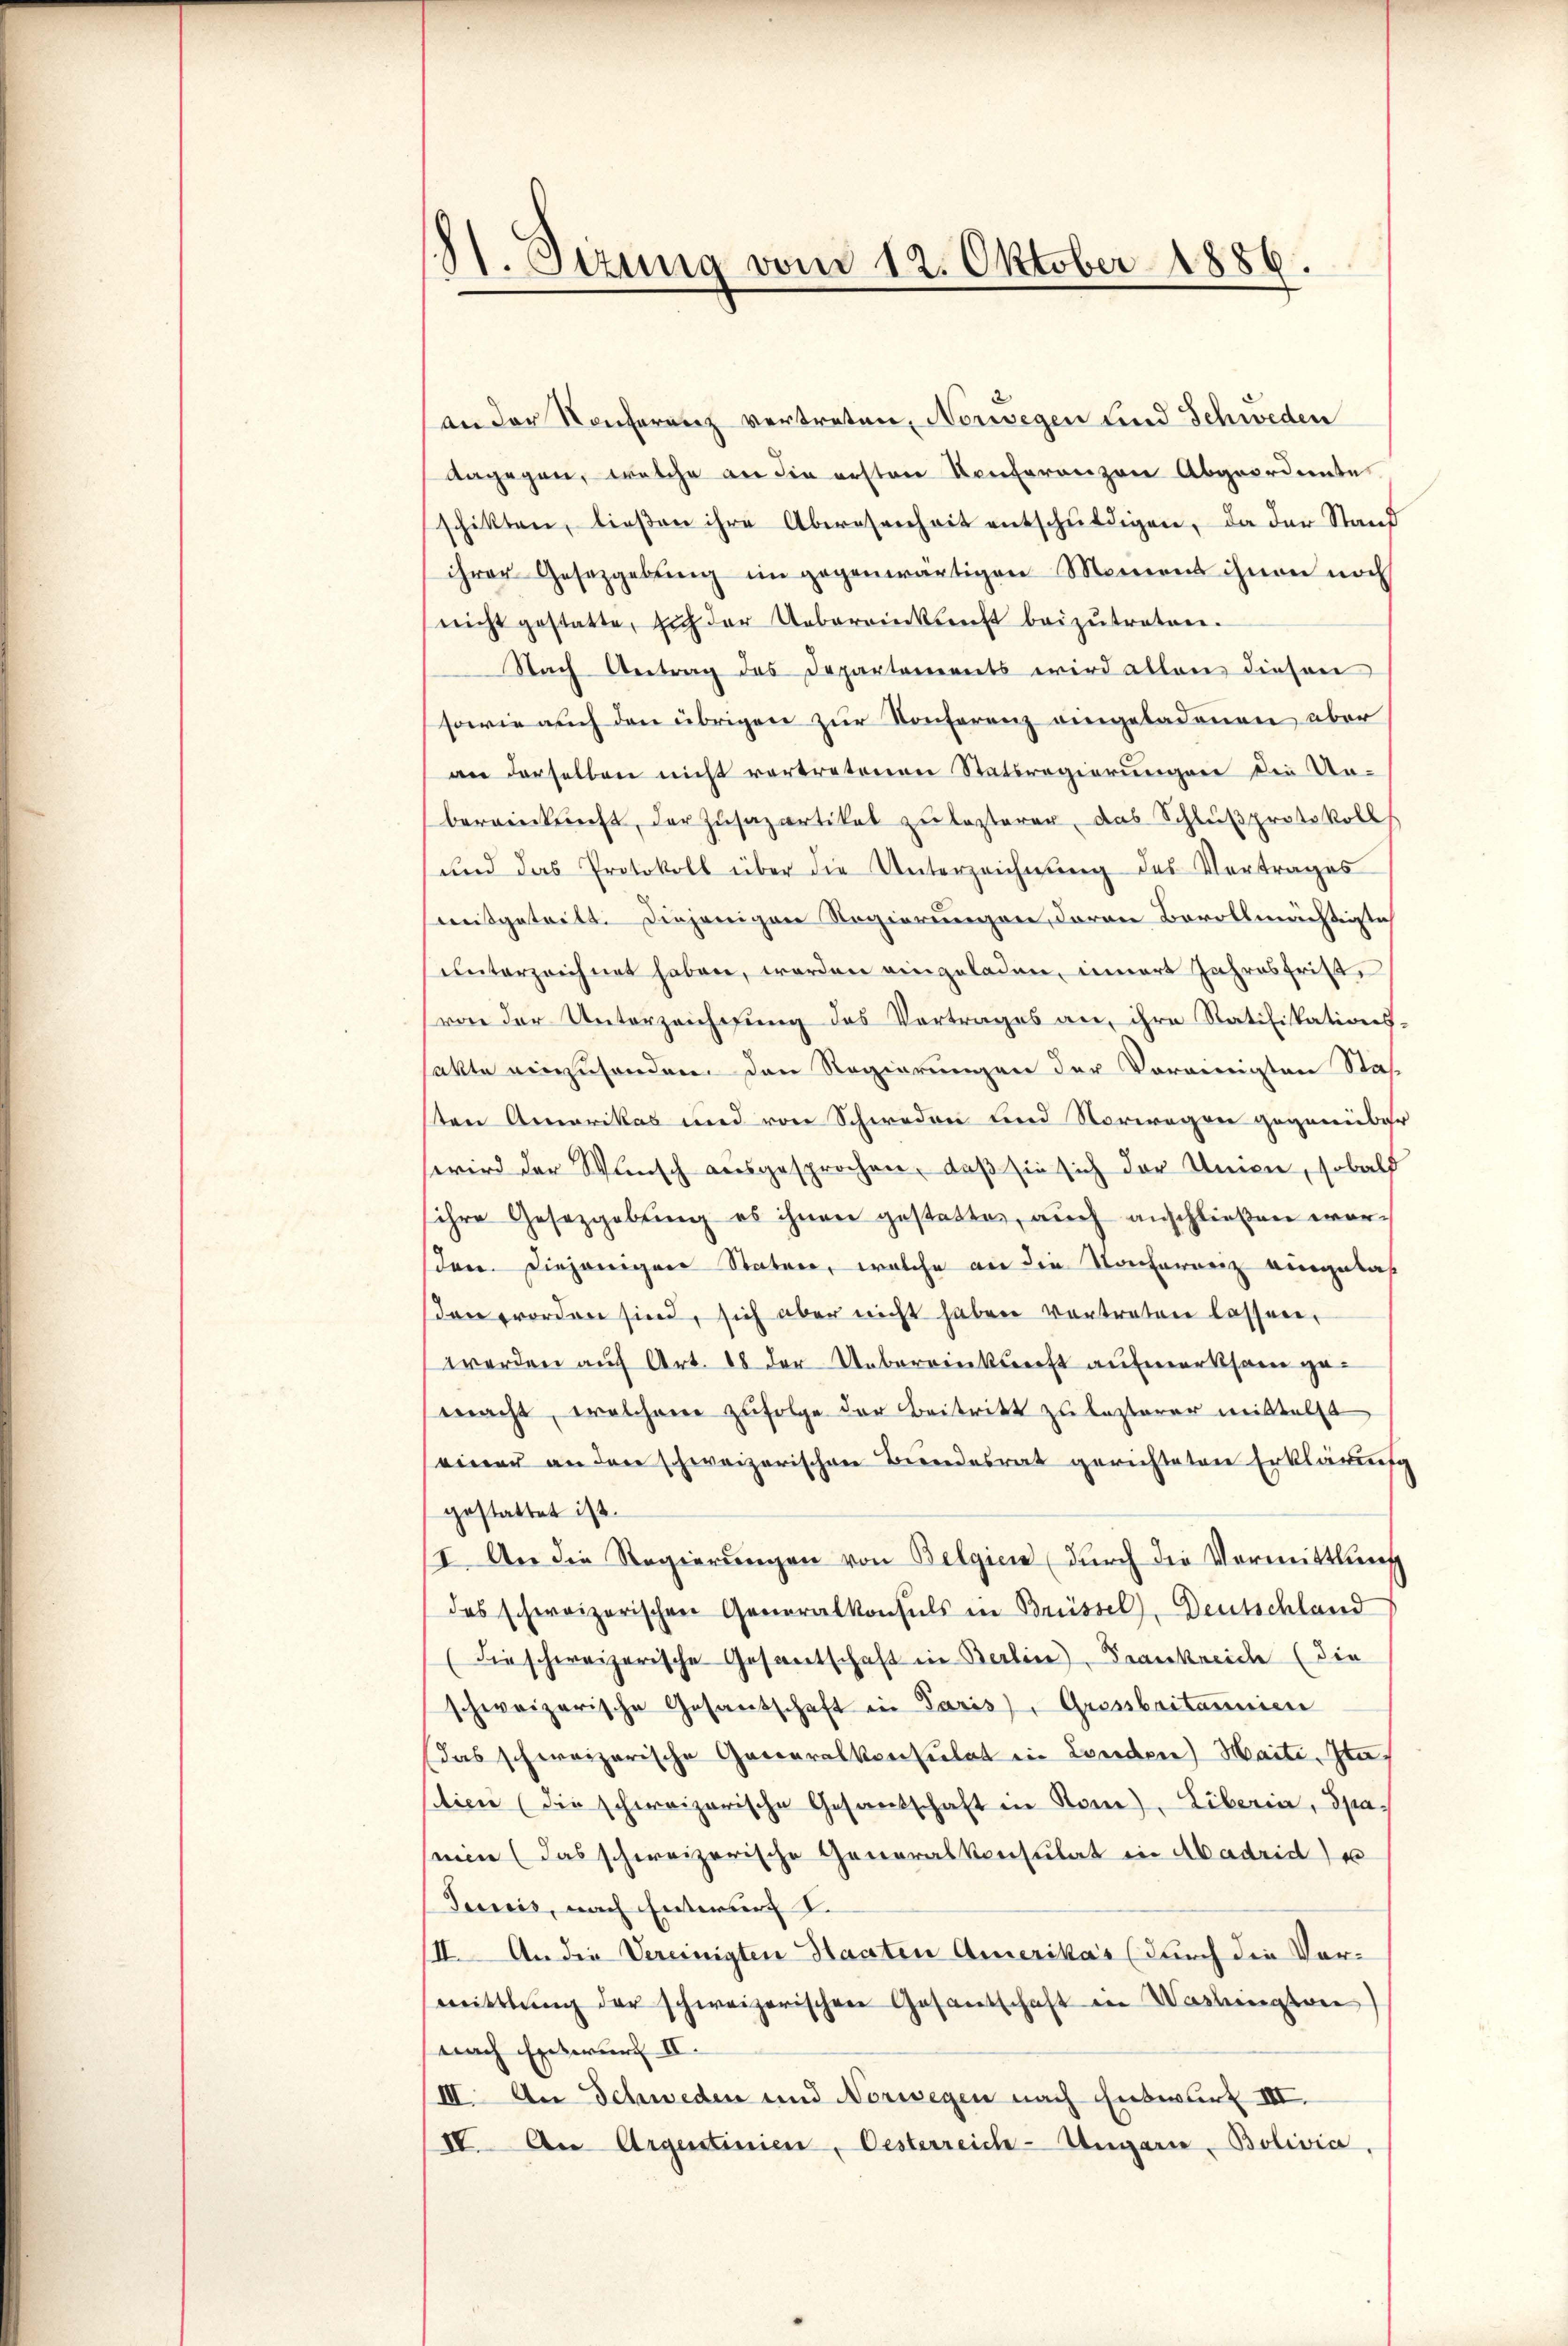
dl. Sizung vom 12. Oktober 1886.

an der Konferenz vertreten, Norwegen und Schweden
dagegen, welche an die ersten Konferenzen Abgeordente
schikten, lieβen ihre Abwesenheit entschŭldigen, da der Stand
ihrer Gesetzgebŭng im gegenwärtigen Moment ihnen noch
nicht gestatte, sich der Uebereinkunft beizutreten.
Nach Antrag des Departements wird allen diesen
sowie auch den übrigen zŭr Konferenz eingeladenen aber
an derselben nicht vertretenen Statsregierungen die Un-
bereinkunft, der Zŭsazartikel zŭ lezterer, das Schlŭβprotokolls
und das Protokoll über die Unterzeichnung des Vortrages
eisgetritt. Diejenigen Regierungen, daran Bevollmächtigte
ŭnterzeichnet haben, worden eingeladen, innert Jahresfrist,
(von der Unterzeichnung des Vertrages an, ihre Ratifikations-
sakte einzusenden den Regierungen der Vereinigten Staf-
ten Amerikas und von Schweden und Vorwegen gegenüber
wird der Wunsch ausgesprochen, daß sie sich der Unien, sobalf
ihre Gesetzgebung es ihnen gestattes, auch anschließen worden diejenigen Statuer, welche an die Konfereiz eingelas
den worden sind, sich aber nicht haben vortreten lassen.
werden auf Art. 88 der Uebereinkunft aufmerksam gemacht, welchem zufolge der Beitritt zu lezterer mittelst
einer an den schweizerischen Bundesrat gerichteten Erklärung
gestattet ist.
I. An die Regierŭngen von Belgien (durch die Vormittlung
das schweizerischen Generalkonsuls in Brüssel), Deutschland
(die schweizerische Gesandtschaft in Berlin), Frankreiche (die
schweizerische Gesandschaft in Paris, Grossbritannien
das schweizerische Generalkonsulat in London) Haite Statien (die schweizerische Gesandschaft in Rome). Liberin, Spaseien (das schweizerische Generalkonsulat in Abadride
Junis, nach Entwurf I.
II. An die Vereinigten Staaten Amerika’s (durch die Vor-
mittlung der schweizerischen Gasantschaft in Washingten)
nach Entwurf II.
III. An Schweden und Norwegen nach Entwurf III.
II. An Argentinien, Oesterreich-Ungarn-Bolivia,